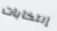
إنتخابات